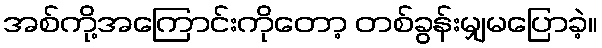
အစ်ကို့အကြောင်းကိုတော့ တစ်ခွန်းမျှမပြောခဲ့။